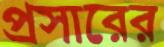
প্রসারের